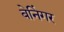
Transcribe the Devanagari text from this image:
बेनिंगर